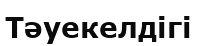
Тәуекелдігі